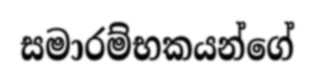
සමාරම්භකයන්ගේ